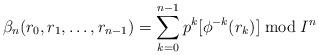
LaTeX: \begin{align*}\beta_n(r_0, r_1, \dots, r_{n-1})=\sum_{k=0}^{n-1}p^k[\phi^{-k}(r_k)] \bmod I^n \end{align*}